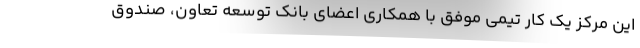
این مرکز یک کار تیمی موفق با همکاری اعضای بانک توسعه تعاون، صندوق